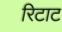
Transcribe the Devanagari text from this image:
रिटाट